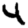
Digit: 4